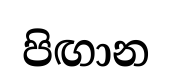
පිඟාන